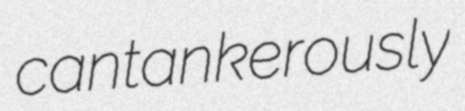
cantankerously